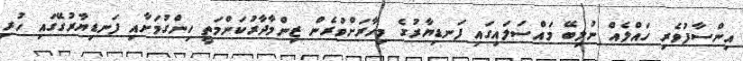
އިންސާފުވެރި ހައްލެއް ނުލިބޭ މައްސަލައިގައި ފަނޑިޔާރުގެ މިހާރަށްވުރެން ޒިންމާދާރުކަންމަތީ ހިންގުމަށާއި ފަނޑިޔާރުގޭގައި ހުރި